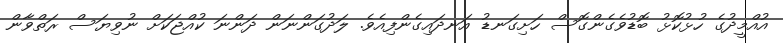
އުއްމީދުގެ ހުޅުކޮޅު ބޮޑުވެެގެންގޮސް ހަށިގަނޑު އަނދައިގެންފިއެވެ. ލަދުގަންނަން ދަންނަ ކުއްޖަކަށް ނުވިޔަސް ރަތްވާން